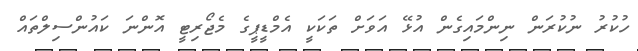
ހުކުރު ނުކުރަން ނިންމައިގެން އުޅޭ އަވަށް ތަކަކީ އެމްޑީޕީގެ މެޖޯރިޓީ އޮންނަ ކައުންސިލްތައް